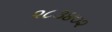
૨૮૩૪૦૨